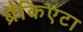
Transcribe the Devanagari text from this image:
ब्रैंकिएटा